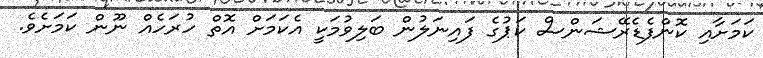
ކަމަށާއި ކޮންފެޑެރޭޝަންސް ކަޕުގެ ފައިނަލުން ބަލިވުމަކީ އެކަމަށް އޮތް ހުރަހެއް ނޫން ކަމަށެވެ.